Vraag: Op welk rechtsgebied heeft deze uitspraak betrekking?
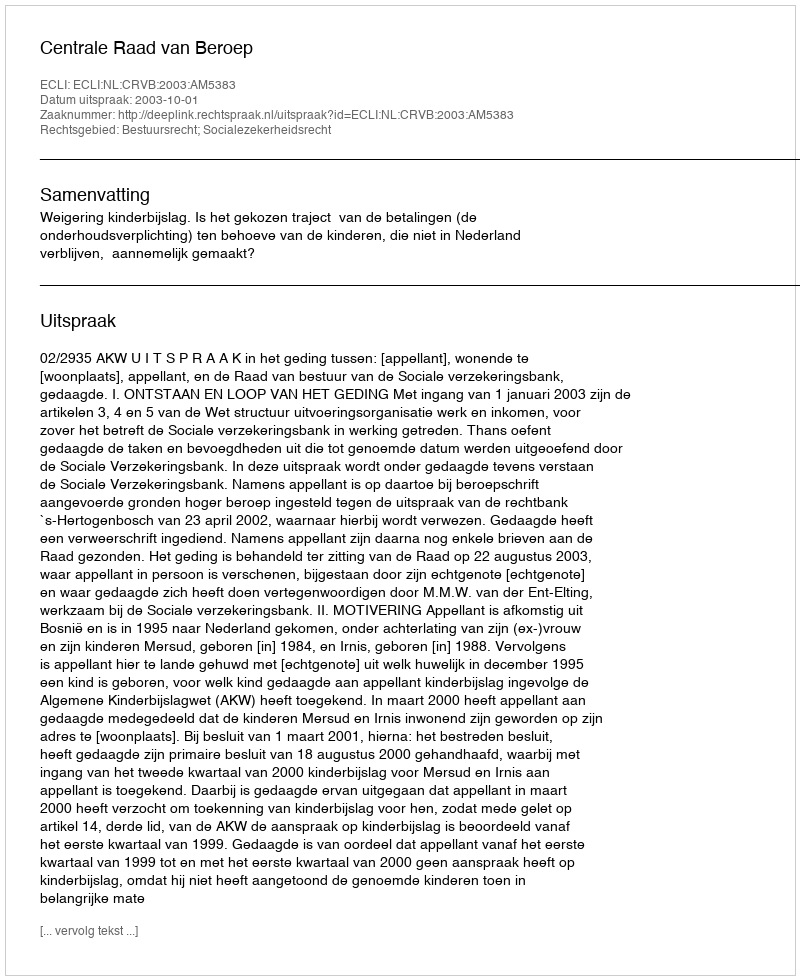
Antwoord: Bestuursrecht; Socialezekerheidsrecht